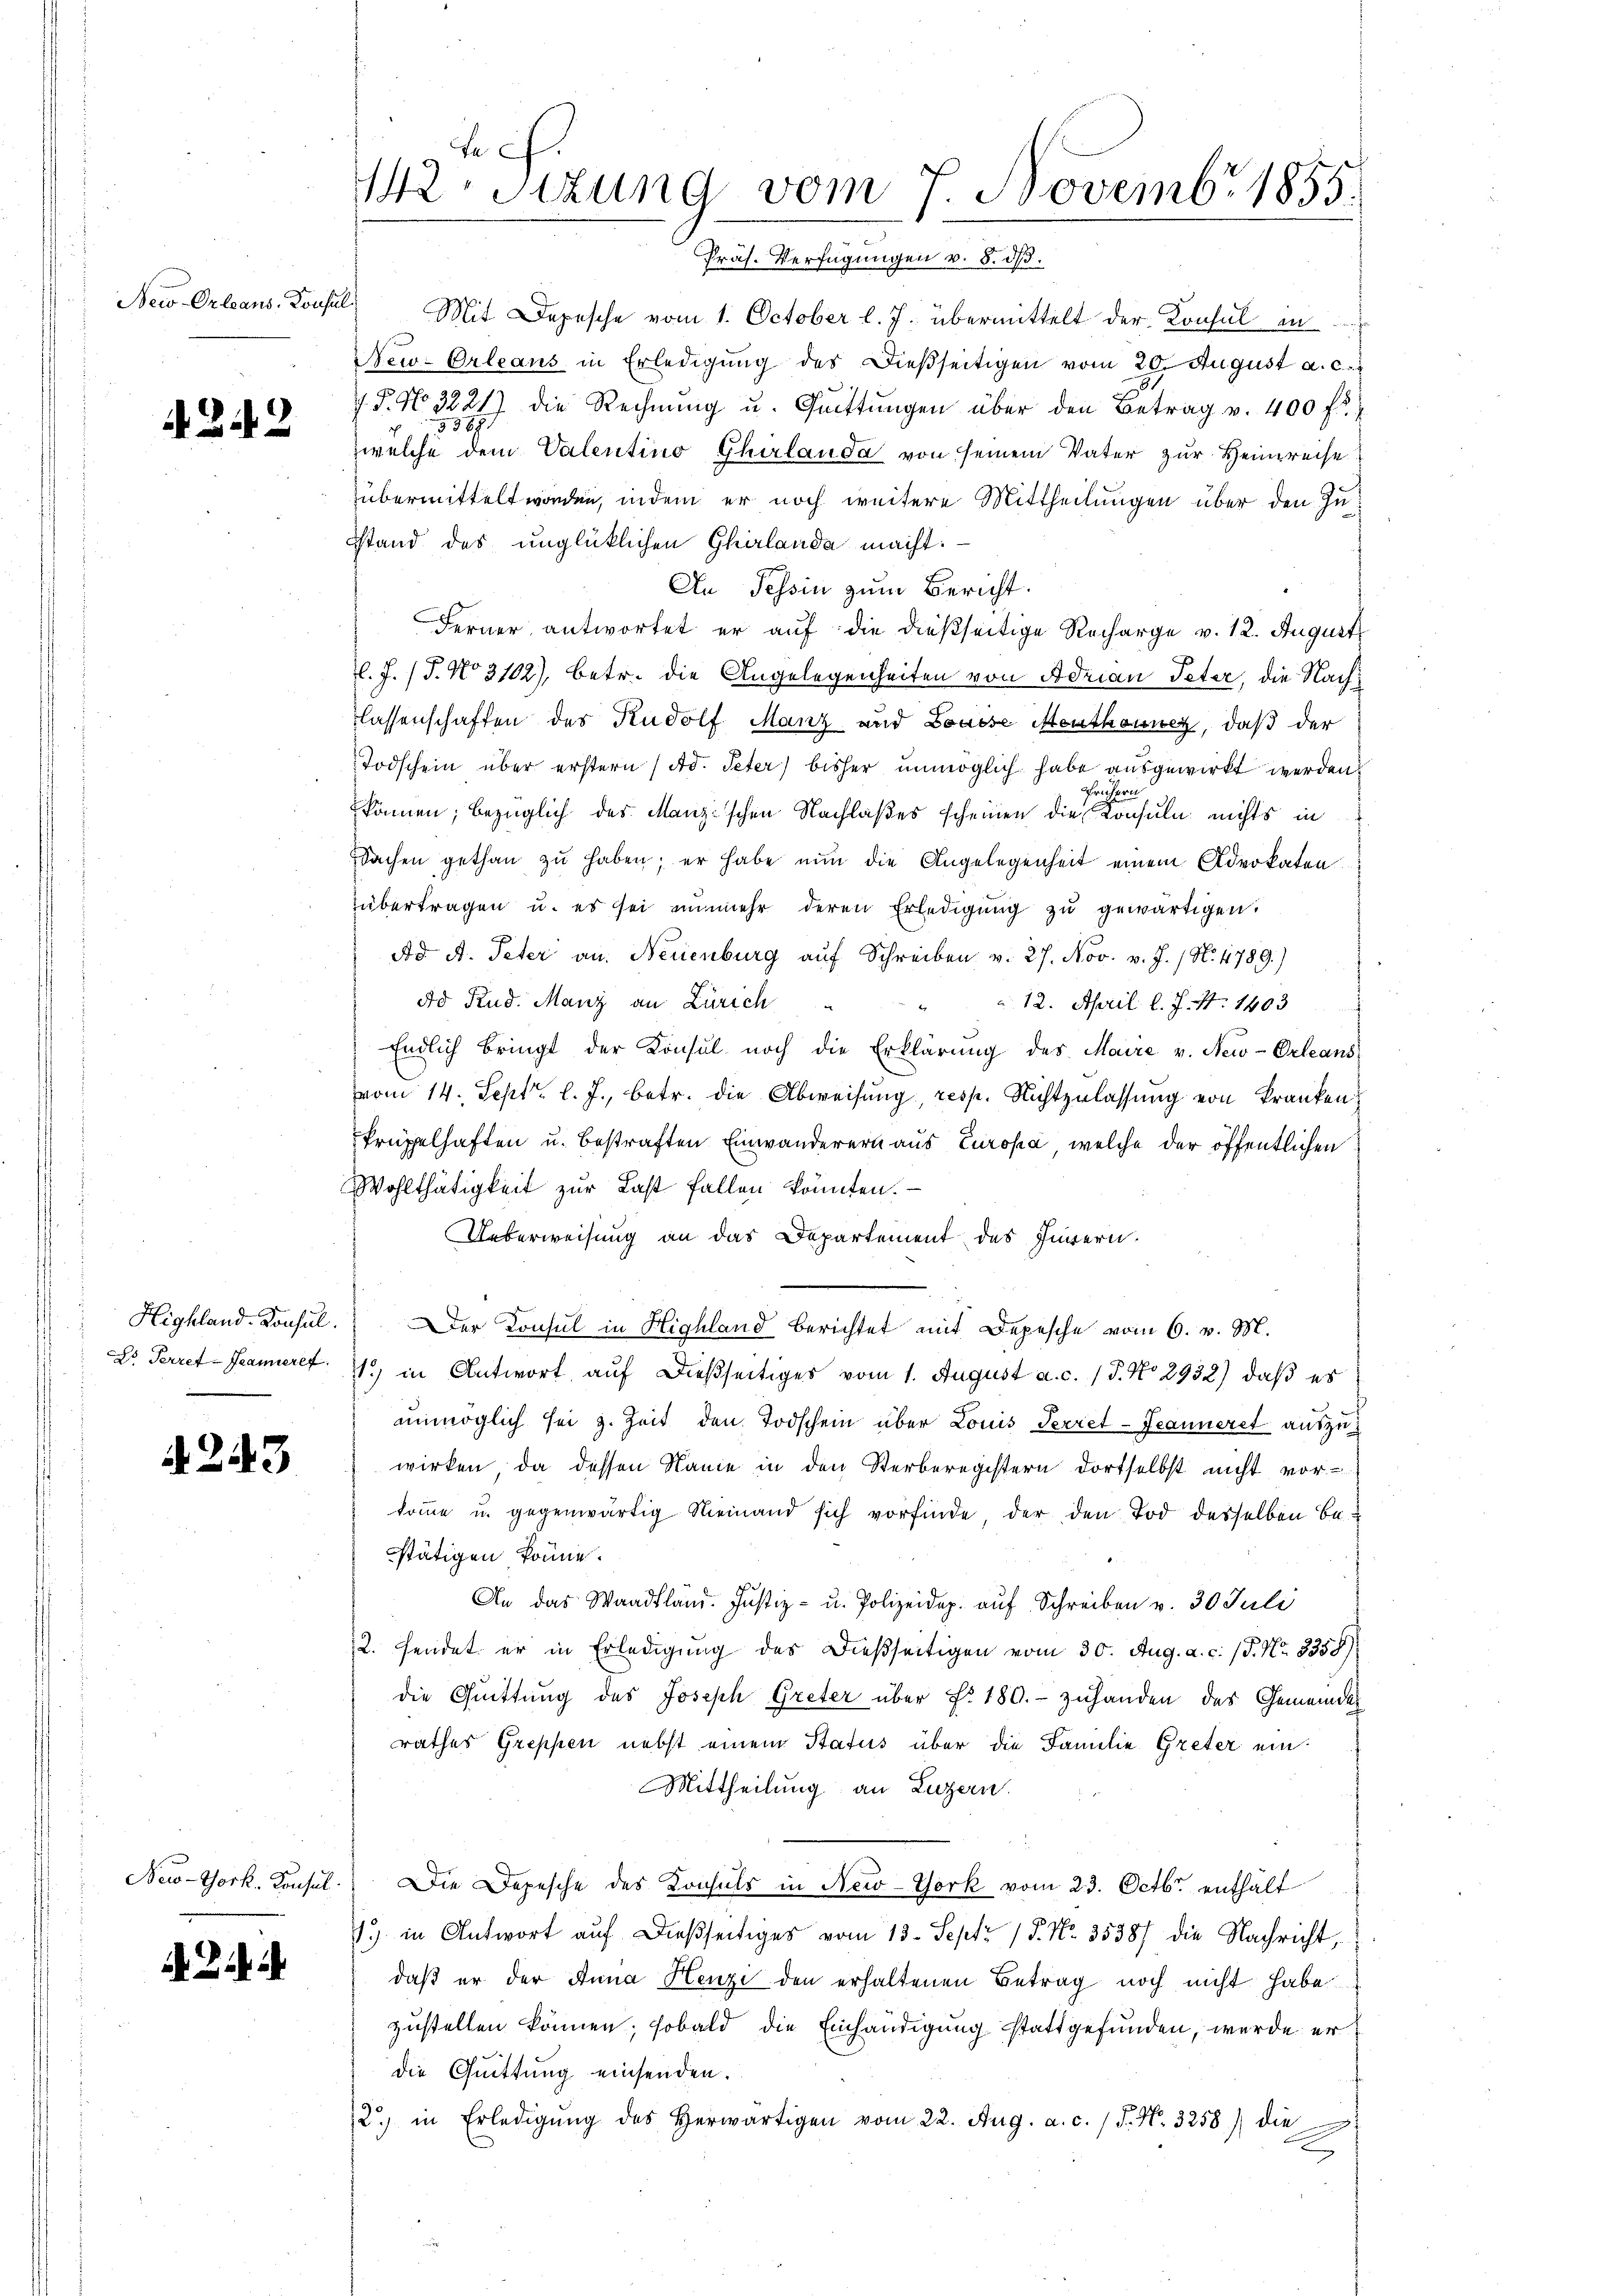
New-Orleans, Konsul

A 242

Highland. Konsul.
Do Perref-Jeanieret

243

New-York Konsul

Fe
42. Sizung vom 7. Novembr 1855.

Präs. Verfügungen v. 8. ds.
Mit Depesche vom 1. October l. J. übermittelt der Konsul in
New-Orleans in Erledigung des Dießseitigen vom 20. August a. c.
.P. No 3221) die Rechnŭng u. Quittungen über den Betrag v. 400 f
zwelche dem Valentino Gherlanda von seinem Vater zur Heimreise
übermittelt worden, indem er noch weitere Mittheilungen über den Zusstand des unglücklichen Charlande macht.
An Tessin zum Bericht.
Ferner antwortet er auf die dießseitige Recharge v. 12. August
l.J. (T. No 3102), betr. die Angelegenheiten von Adrian Peter, die Nach
lassenschaften des Rudolf Manz und Louise Menthonner, daß der
Todschein über erstern /Ad. Peter) bisher unmöglich habe ausgewirkt werden.
eicher
können, bezüglich des Manz’schen Nachlaßes scheinen die Konsuln nichts in
Sachen gethan zŭ haben; er habe nun die Angelegenheit einem Advokaten.
übertragen u. es sei nŭnmehr deren Erledigŭng zŭ gewärtigen.
Ad A. Peter an. Neuenburg auf Schreiben v. 27. Nov. v. J. / No. 1789.)
Ad Rud. Manz an Zürich
12. April l. J. N. 1403
Endlich bringt der Konsul noch die Erklärung des Maire v. New-Orleans
vom 14. Sept. l. J., betr. die Abweisung, resp. Nichtzulassung von kranken,
krüppelhaften u. bestraften Einwanderern aus Europa, welche der öffentlichen
Wohlthätigkeit zur Last fallen konnten.
Ueberweisung an das Departement des Innern.
Der Konsul in Highland berichtet mit Depesche vom 6. v. M.
11.) in Antwort auf dießseitiges vom 1. August a. c. (T. No 2932) daß es
unmöglich sei z. Zeit den Todschein über Louis Perret-Jeanneret auszuwirken, da dessen Name in den Sterberegistern dortselbst nicht vor-
komme u. gegenwärtig Nieinand sich vorfinde der den Tod desselben be-
stätigen könne.
An das Waadtland. Justiz- u. Polizeidep. auf Schreiben v. 30 Juli
2. sendet er in Erledigung des dießseitigen vom 30. Aug. a. c. 19. No. 3358)
die Quittung des Joseph Greter über No. 180.- zuhanden das Gemeinde
rathes Greppen nebst einem Status über die Familie Greter ein¬
Mittheilung an Luzern.
Die Depesche des Konsuls in New-York vom 23. Octbr. enthalt
1.) in Antwort aŭf dießseitiges vom 13. Sept. 15. No. 35387 die Nachricht,
daß er der Anna Henzi den erhaltenen Betrag noch nicht habe
zustellen können; sobald die Einhändigung stattgefunden, werde er
die Quittung einsenden.
2) in Erledigŭng des herwärtigen vom 22. Aug. a. c. 1 S. Nr. 3258) die
s